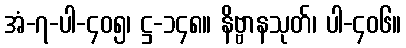
အံ-၇-ပါ-၄၀၅၊ ဋ္ဌ-၁၄၈။ နိဗ္ဗာနသုတ်၊ ပါ-၄၀၆။